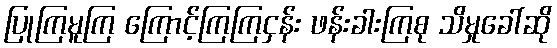
ပြုကြမူကြ ကြောင့်ကြကြငှန်း ဖန်းခါးကြစု သိမှုခေါ်ဆို